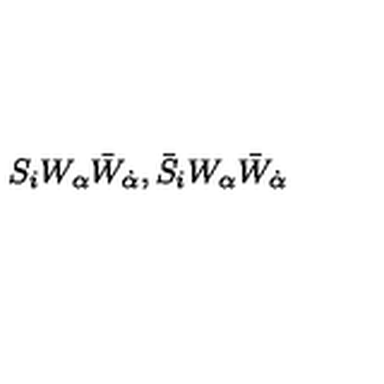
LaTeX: S _ { i } W _ { \alpha } \bar { W } _ { \dot { \alpha } } , \bar { S } _ { i } W _ { \alpha } \bar { W } _ { \dot { \alpha } }